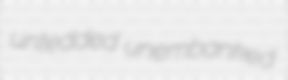
untedded unembanked